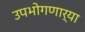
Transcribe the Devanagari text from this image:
उपभोगणार्‍या